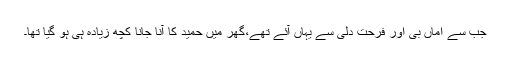
جب سے اماں بی اور فرحت دلی سے یہاں آئے تھے،گھر میں حمید کا آنا جانا کچھ زیادہ ہی ہو گیا تھا۔